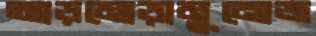
আড়মোড়ামুনোজ